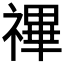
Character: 𥛘